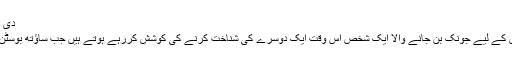
دی ڈیپارٹڈ، 2006 (The Diparted)
ایک انڈر کور پولیس اہلکار اور پولیس کے لیے جونک بن جانے والا ایک شخص اس وقت ایک دوسرے کی شناخت کرنے کی کوشش کررہے ہوتے ہیں جب ساﺅتھ بوسٹن میں آئرش گینگ کی یلغار ہوتی ہے۔